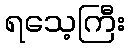
ရသေ့ကြီး